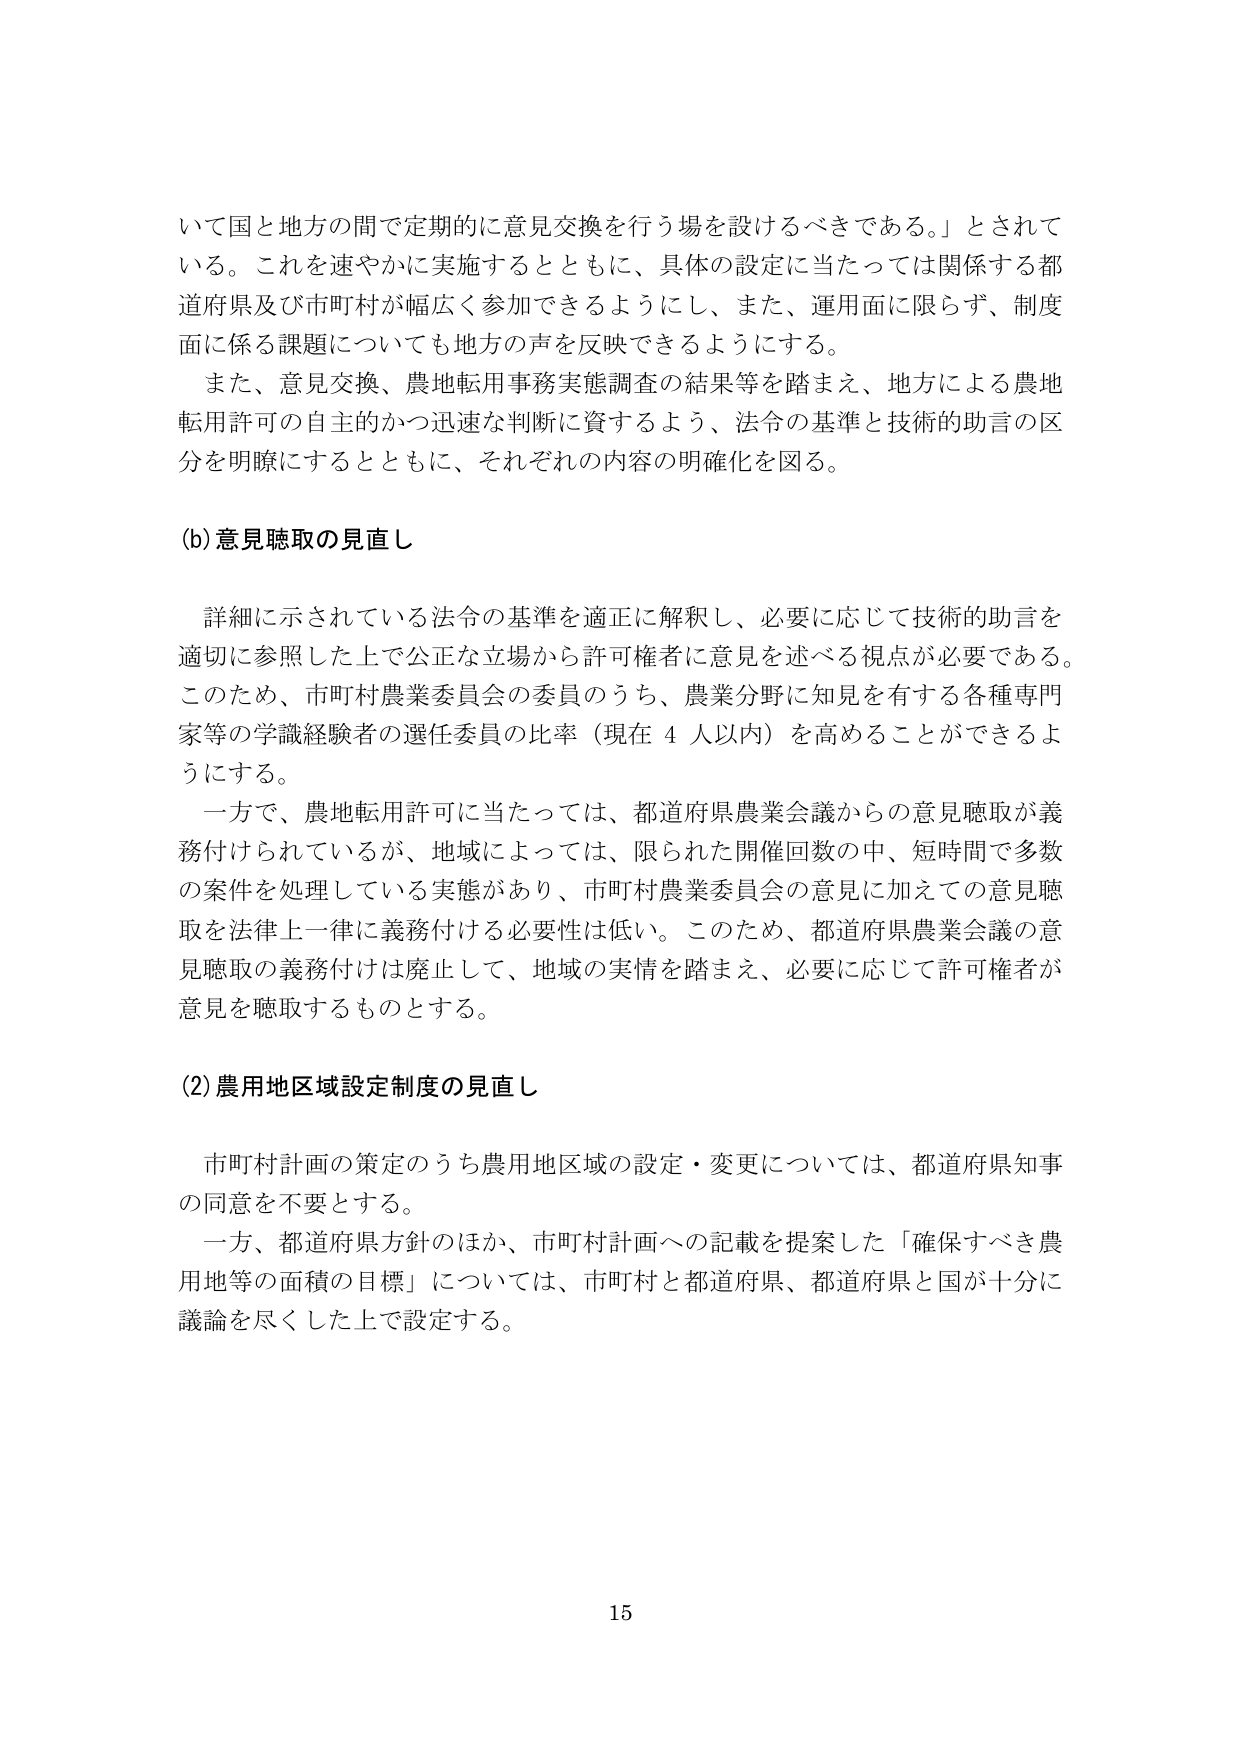
いて国と地方の間で定期的に意見交換を行う場を設けるべきである。」とされて
いる。これを速やかに実施するとともに、具体的設定に当たっては関係する都
道府県及び市町村が幅広く参加できるようにし、また、運用面に限らず、制度
面に係る課題についても地方の声を反映できるようにする。
また、意見交換、農地転用事務実態調査の結果等を踏まえ、地方による農地
転用許可の自主的かつ迅速な判断に資するよう、法令の基準と技術的助言の区
分を明瞭にするとともに、それぞれの内容の明確化を図る。

(b) 意見聴取の見直し

　詳細に示されている法令の基準を適正に解釈し、必要に応じて技術的助言を
適切に参照した上で公正な立場から許可権者に意見を述べる視点が必要である。
このため、市町村農業委員会の委員のうち、農業分野に知見を有する各種専門
家等の学識経験者の選任委員の比率（現在４人以内）を高めることができるよ
うにする。
　一方で、農地転用許可に当たっては、都道府県農業会議からの意見聴取が義
務付けられているが、地域によっては、限られた開催回数の中、短時間で多数
の案件を処理している実態があり、市町村農業委員会の意見に加えての意見聴
取を法律上一律に義務付ける必要性は低い。このため、都道府県農業会議の意
見聴取の義務付けは廃止して、地域の実情を踏まえ、必要に応じて許可権者が
意見を聴取するものとする。

(2) 農用地区域設定制度の見直し

　市町村計画の策定のうち農用地区域の設定・変更については、都道府県知事
の同意を不要とする。
　一方、都道府県方針のほか、市町村計画への記載を提案した「確保すべき農
用地等の面積の目標」については、市町村と都道府県、都道府県と国が十分に
議論を尽くした上で設定する。

15